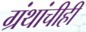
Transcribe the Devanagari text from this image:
ग्रंथांचीही